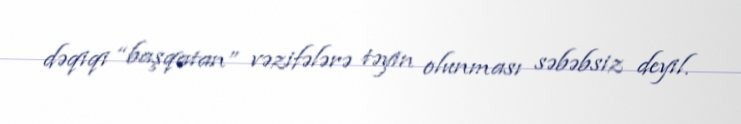
dəqiqi “başqatan” vəzifələrə təyin olunması səbəbsiz deyil.